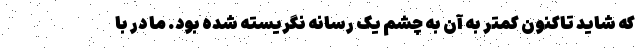
که شاید تاکنون کمتر به آن به چشم یک رسانه نگریسته شده بود. ما در با